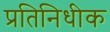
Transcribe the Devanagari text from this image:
प्रतिनिधीक